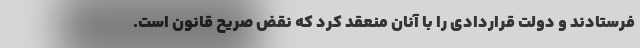
فرستادند و دولت قراردادی را با آنان منعقد کرد که نقض صریح قانون است.